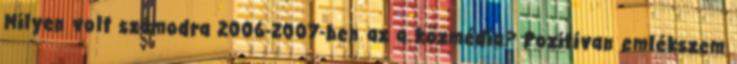
Milyen volt számodra 2006-2007-ben az a közmédia? Pozitívan emlékszem